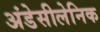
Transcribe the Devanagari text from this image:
अंडेसीलेनिक